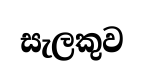
සැලකුව